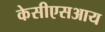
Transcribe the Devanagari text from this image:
केसीएसआय